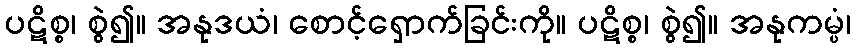
ပဋိစ္စ၊ စွဲ၍။ အနုဒယံ၊ စောင့်ရှောက်ခြင်းကို။ ပဋိစ္စ၊ စွဲ၍။ အနုကမ္ပံ၊